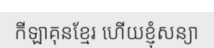
កីឡាគុនខ្មែរ ហើយខ្ញុំសន្យា